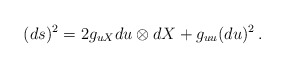
\begin{align*}(ds)^2=2g_{uX}du \otimes dX+g_{uu}(du)^2\,.\end{align*}